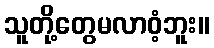
သူတို့တွေမလာဝံ့ဘူး။